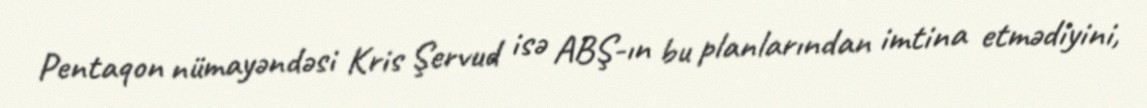
Pentaqon nümayəndəsi Kris Şervud isə ABŞ-ın bu planlarından imtina etmədiyini,